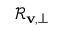
\mathcal { R } _ { \mathbf { v } , \perp }